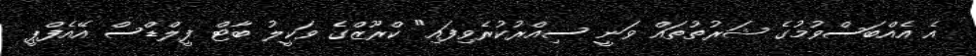
އެ އެއްބަސްވުމުގެ ޝަރުތުތައް ވަނީ ސިއްރުކުރެވިފައި" ކްރޫޒްގެ ވަކީލު ބާޓް ފީލްޑްސް އޭއެފްޕީ